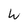
Character: W